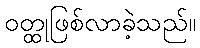
ဝတ္ထုဖြစ်လာခဲ့သည်။